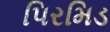
પિરમિડ